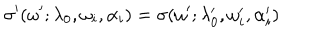
\sigma ^ { \prime } ( \omega ^ { \prime } ; \lambda _ { 0 } , \omega _ { i } , \alpha _ { i } ) = \sigma ( \omega ^ { \prime } ; \lambda _ { 0 } ^ { \prime } , \omega _ { i } ^ { \prime } , \alpha _ { i } ^ { \prime } )